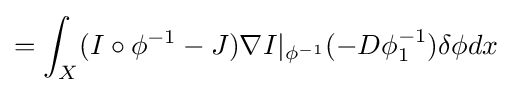
=\int _{X}(I\circ \phi ^{-1}-J)\nabla I|_{\phi ^{-1}}(-D\phi _{1}^{-1})\delta \phi dx